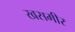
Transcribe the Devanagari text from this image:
खसमीर